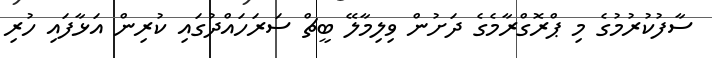
ސާފުކުރުމުގެ މި ޕްރޮގްރާމެގެ ދަށުން ވިލިމާލޭ ބީޗް ސަރަހައްދުގައި ކުރިން އަޅާފައި ހުރި